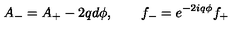
A _ { - } = A _ { + } - 2 q d \phi , \qquad f _ { - } = e ^ { - 2 i q \phi } f _ { + }